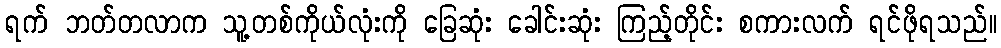
ရက် ဘတ်တလာက သူ့တစ်ကိုယ်လုံးကို ခြေဆုံး ခေါင်းဆုံး ကြည့်တိုင်း စကားလက် ရင်ဖိုရသည်။